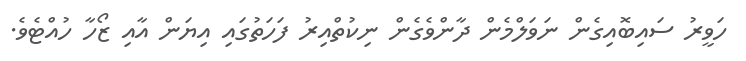
ހަވީރު ސައިބޮއިގެން ނަވަލްމެން ދާންވެގެން ނިކުތްއިރު ފަހަތުގައި އިޔަން އާއި ޒޯހާ ހުއްޓެވެ.